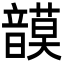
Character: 𩐻